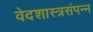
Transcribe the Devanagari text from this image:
वेदशास्त्रसंपन्‍न